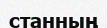
станның